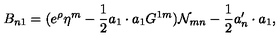
B _ { n 1 } = ( e ^ { \rho } \eta ^ { m } - { \frac { 1 } { 2 } } a _ { 1 } \cdot a _ { 1 } G ^ { 1 m } ) { \cal N } _ { m n } - { \frac { 1 } { 2 } } a _ { n } ^ { \prime } \cdot a _ { 1 } ,